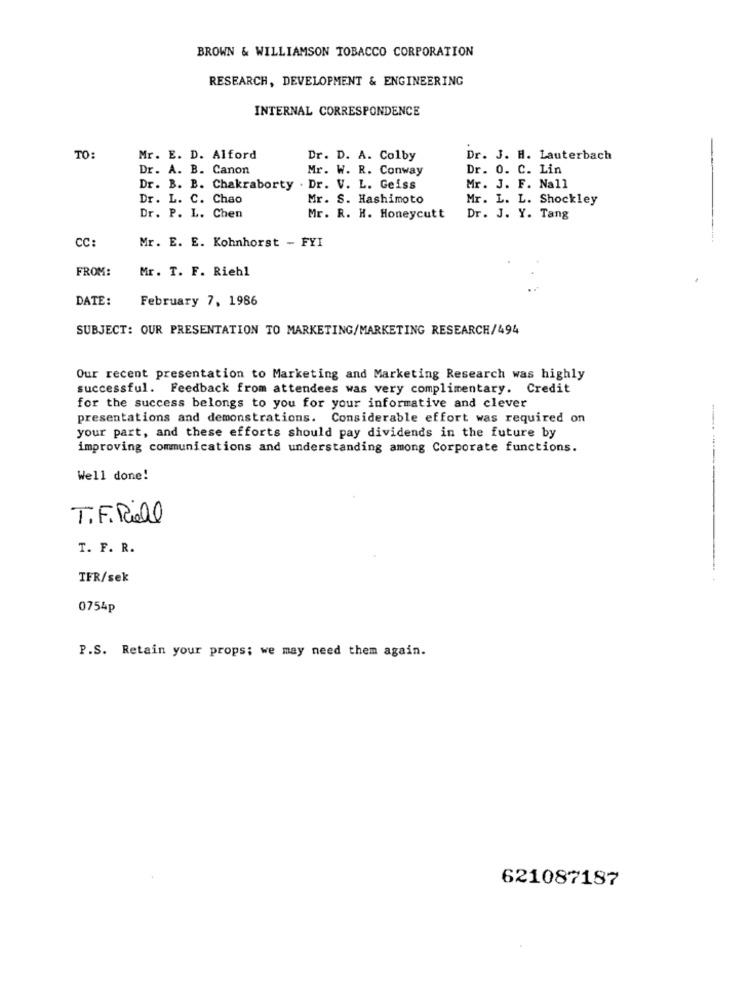
BROWN & WILLIAMSON TOBACCO CORPORATION
RESEARCH, DEVELOPMENT & ENGINEERING
INTERNAL CORRESPONDENCE
TO:
Mr. E. D. Alford
Dr. D. A. Colby
Dr. J. H. Lauterbach
Dr. A. B. Canon
Mr. W. R. Conway
Dr. O. C. Lin
Dr. B. B. Chakraborty
. Dr. V. L. Geiss
Mr. J. F. Nall
Dr. L. C. Chao
Mr. S. Hashimoto
Mr. L. L. Shockley
Dr. P. L. Chen
Mr. R. H. Honeycutt
Dr. J. Y. Tang
CC:
Mr. E. E. Kohnhorst - FYI
FROM:
Mr. T. F. Riehl
DATE:
February 7, 1986
SUBJECT: OUR PRESENTATION TO MARKETING/MARKETING RESEARCH/494
Our recent presentation to Marketing and Marketing Research was highly
successful. Feedback from attendees was very complimentary. Credit
for the success belongs to you for your informative and clever
presentations and demonstrations. Considerable effort was required on
your part, and these efforts should pay dividends in the future by
improving communications and understanding among Corporate functions.
--------
Well done!
T.F. Roll
T. F. R.
TFR/sek
0754p
P.S. Retain your props; we may need them again.
621087187